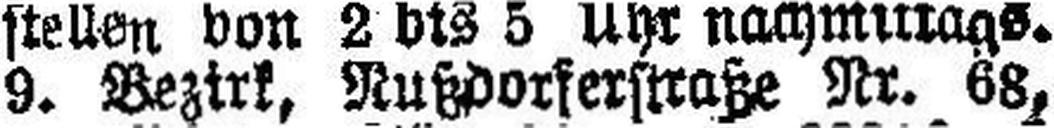
9. Bezirk, Rußdorferstraße Nr. 68,